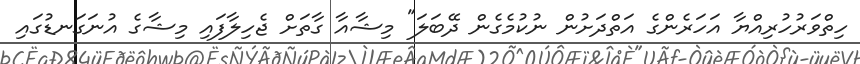
ހިތްވަރުހުރިއްޔާ އަހަރެންގެ އަތްދަށުން ނުކުމެގެން ދޭބަލަ" މިޝާއާ ގާތަށް ޖެހިލާފައި މިޝާގެ އުނަގަނޑުގައި